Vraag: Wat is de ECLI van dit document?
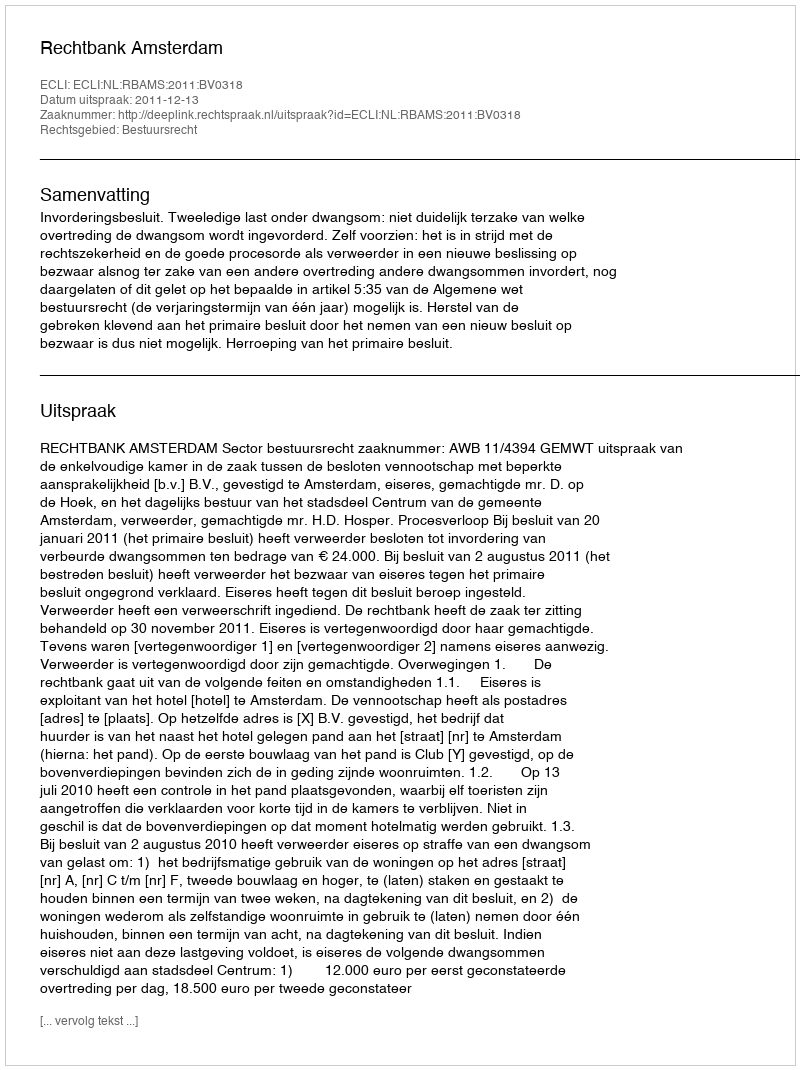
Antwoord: ECLI:NL:RBAMS:2011:BV0318